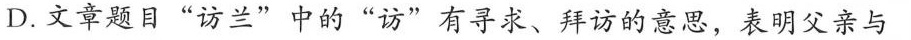
D.文章题目“访兰”中的“访”有寻求、拜访的意思，表明父亲与